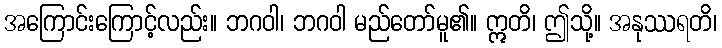
အကြောင်းကြောင့်လည်း။ ဘဂဝါ၊ ဘဂဝါ မည်တော်မူ၏။ ဣတိ၊ ဤသို့။ အနုဿရတိ၊